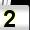
Digit: 2